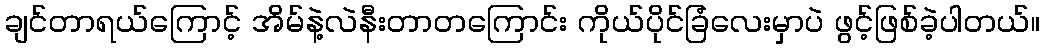
ချင်တာရယ်ကြောင့် အိမ်နဲ့လဲနီးတာတကြောင်း ကိုယ်ပိုင်ခြံလေးမှာပဲ ဖွင့်ဖြစ်ခဲ့ပါတယ်။